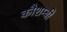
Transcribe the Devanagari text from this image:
कौशम्बी